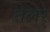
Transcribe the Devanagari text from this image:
तेलर